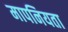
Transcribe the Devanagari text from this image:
मापनियता